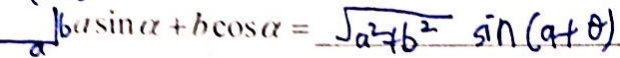
b a \sin \alpha + b \cos \alpha = \sqrt { a ^ { 2 } + b ^ { 2 } } \sin ( a + \theta )